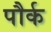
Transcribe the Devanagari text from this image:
पौर्क